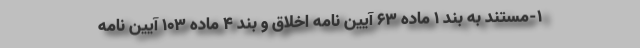
۱-مستند به بند ۱ ماده ۶۳ آیین نامه اخلاق و بند ۴ ماده ۱۰۳ آیین نامه